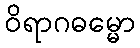
ဝိရာဂဓမ္မော